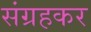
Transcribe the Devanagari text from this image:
संग्रहकर